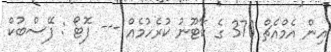
އިން އެމްއެޗް 370 ގެ ކާޓޫނު ކުރެހުމެއް --- ފޮޓޯ : ފޭސްބުކް